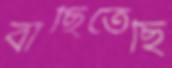
বাছিতেছি